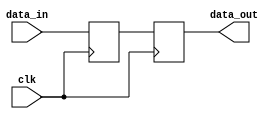
module synchronous_proc(
    input wire clk,
    input wire [7:0] data_in,
    output reg [7:0] data_out
);

reg [7:0] internal_reg;

always @(posedge clk) begin
    internal_reg <= data_in; // Sample input signals
    // Perform operations based on current state of design
    // Update outputs if necessary
    data_out <= internal_reg;
end

endmodule